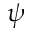
\psi